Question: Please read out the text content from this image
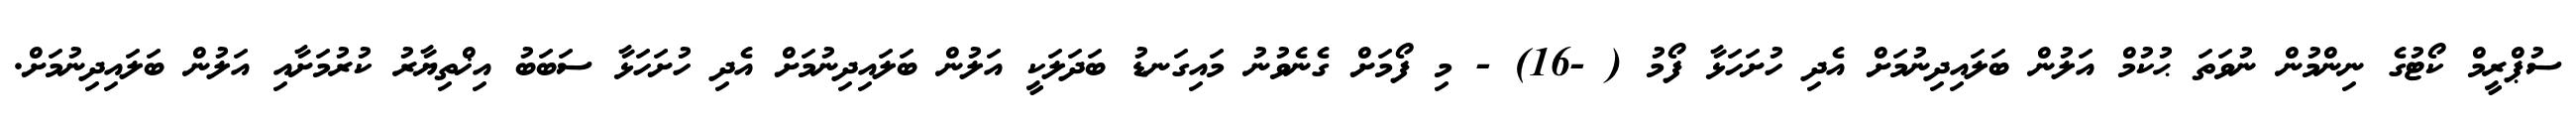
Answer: ސުޕްރީމް ކޯޓުގެ ނިންމުން ނުވަތަ ޙުކުމް އަލުން ބަލައިދިނުމަށް އެދި ހުށަހަޅާ ފޯމު ( -16) - މި ފޯމަށް ގެނެވުނު މައިގަނޑު ބަދަލަކީ އަލުން ބަލައިދިނުމަށް އެދި ހުށަހަޅާ ސަބަބު އިޚްތިޔާރު ކުރުމަށާއި އަލުން ބަލައިދިނުމަށް.